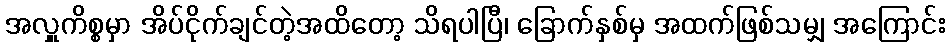
အလှူကိစ္စမှာ အိပ်ငိုက်ချင်တဲ့အထိတော့ သိရပါပြီ၊ ခြောက်နှစ်မှ အထက်ဖြစ်သမျှ အကြောင်း